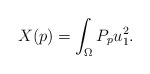
\begin{align*}X(p) = \int_\Omega P_p u_1^2.\end{align*}